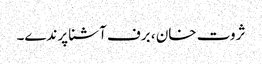
ثروت خان ، برف آشنا پرندے۔